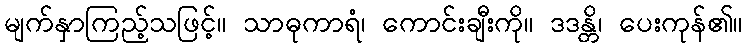
မျက်နှာကြည့်သဖြင့်။ သာဓုကာရံ၊ ကောင်းချီးကို။ ဒဒန္တိ၊ ပေးကုန်၏။